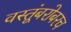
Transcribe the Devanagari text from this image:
वस्तूंबरोबरच